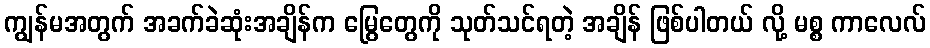
ကျွန်မအတွက် အခက်ခဲဆုံးအချိန်က မြွေတွေကို သုတ်သင်ရတဲ့ အချိန် ဖြစ်ပါတယ် လို့ မစ္စ ကာလေလ်